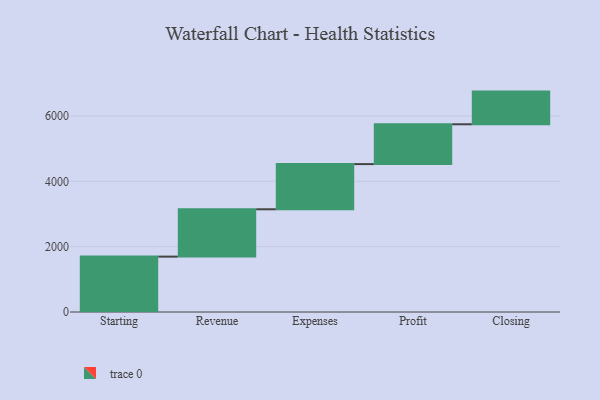
{"axis": {"x": "Step", "y": "Value"}, "legend": [""], "data": [{"x": "Starting", "y": 1695.0, "type": ""}, {"x": "Revenue", "y": 1449.0, "type": ""}, {"x": "Expenses", "y": 1383.0, "type": ""}, {"x": "Profit", "y": 1219.0, "type": ""}, {"x": "Closing", "y": 1000, "type": ""}]}